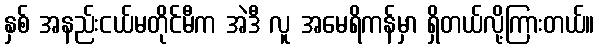
နှစ် အနည်းငယ်မတိုင်မီက အဲဒီ လူ အမေရိကန်မှာ ရှိတယ်လို့ကြားတယ်။